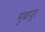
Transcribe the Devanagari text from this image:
मुंबापूर